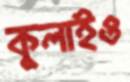
কুলাইও